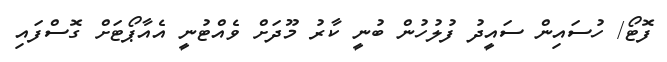
ފޮޓޯ/ ހުސައިން ސައީދު ފުލުހުން ބުނީ ކާރު މޫދަށް ވެއްޓުނީ އެއާޕޯޓަށް ގޮސްފައި